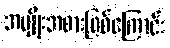
အမျိုးအစားဖြစ်ကြောင်း